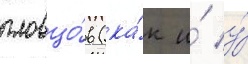
пловцо́в (ка́к и́ у́